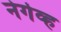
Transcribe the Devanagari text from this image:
नेगेव्ह